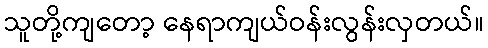
သူတို့ကျတော့ နေရာကျယ်ဝန်းလွန်းလှတယ်။